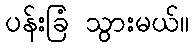
ပန်းခြံ သွားမယ်။